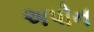
અપોન